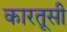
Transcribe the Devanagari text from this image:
कारतूसी